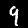
Digit: 9